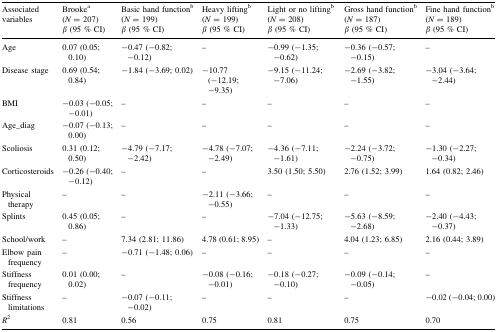
<table><thead><tr><td rowspan="2"><b>Associated variables</b></td><td><b>Brooke<sup>a</sup> (<i>N</i> = 207)</b></td><td><b>Basic hand function<sup>b</sup> (<i>N</i> = 199)</b></td><td><b>Heavy lifting<sup>b</sup> (<i>N</i> = 199)</b></td><td><b>Light or no lifting<sup>b</sup> (<i>N</i> = 208)</b></td><td><b>Gross hand function<sup>b</sup> (<i>N</i> = 187)</b></td><td><b>Fine hand function<sup>b</sup> (<i>N</i> = 189)</b></td></tr><tr><td><b><i>β</i> (95 % CI)</b></td><td><b><i>β</i> (95 % CI)</b></td><td><b><i>β</i> (95 % CI)</b></td><td><b><i>β</i> (95 % CI)</b></td><td><b><i>β</i> (95 % CI)</b></td><td><b><i>β</i> (95 % CI)</b></td></tr></thead><tbody><tr><td>Age</td><td>0.07 (0.05; 0.10)</td><td>−0.47 (−0.82; −0.12)</td><td>–</td><td>−0.99 (−1.35; −0.62)</td><td>−0.36 (−0.57; −0.15)</td><td>–</td></tr><tr><td>Disease stage</td><td>0.69 (0.54; 0.84)</td><td>−1.84 (−3.69; 0.02)</td><td>−10.77 (−12.19; −9.35)</td><td>−9.15 (−11.24; −7.06)</td><td>−2.69 (−3.82; −1.55)</td><td>−3.04 (−3.64; −2.44)</td></tr><tr><td>BMI</td><td>−0.03 (−0.05; −0.01)</td><td>–</td><td>–</td><td>–</td><td>–</td><td>–</td></tr><tr><td>Age_diag</td><td>−0.07 (−0.13; 0.00)</td><td>–</td><td>–</td><td>–</td><td>–</td><td>–</td></tr><tr><td>Scoliosis</td><td>0.31 (0.12; 0.50)</td><td>−4.79 (−7.17; −2.42)</td><td>−4.78 (−7.07; −2.49)</td><td>−4.36 (−7.11; −1.61)</td><td>−2.24 (−3.72; −0.75)</td><td>−1.30 (−2.27; −0.34)</td></tr><tr><td>Corticosteroids</td><td>−0.26 (−0.40; −0.12)</td><td>–</td><td>–</td><td>3.50 (1.50; 5.50)</td><td>2.76 (1.52; 3.99)</td><td>1.64 (0.82; 2.46)</td></tr><tr><td>Physical therapy</td><td>–</td><td>–</td><td>−2.11 (−3.66; −0.55)</td><td>–</td><td>–</td><td>–</td></tr><tr><td>Splints</td><td>0.45 (0.05; 0.86)</td><td>–</td><td>–</td><td>−7.04 (−12.75; −1.33)</td><td>−5.63 (−8.59; −2.68)</td><td>−2.40 (−4.43; −0.37)</td></tr><tr><td>School/work</td><td>–</td><td>7.34 (2.81; 11.86)</td><td>4.78 (0.61; 8.95)</td><td>–</td><td>4.04 (1.23; 6.85)</td><td>2.16 (0.44; 3.89)</td></tr><tr><td>Elbow pain frequency</td><td>–</td><td>−0.71 (−1.48; 0.06)</td><td>–</td><td>–</td><td>–</td><td>–</td></tr><tr><td>Stiffness frequency</td><td>0.01 (0.00; 0.02)</td><td>–</td><td>−0.08 (−0.16; −0.01)</td><td>−0.18 (−0.27; −0.10)</td><td>−0.09 (−0.14; −0.05)</td><td>–</td></tr><tr><td>Stiffness limitations</td><td>–</td><td>−0.07 (−0.11; −0.02)</td><td>–</td><td>–</td><td>–</td><td>−0.02 (−0.04; 0.00)</td></tr><tr><td><i>R</i><sup>2</sup></td><td>0.81</td><td>0.56</td><td>0.75</td><td>0.81</td><td>0.75</td><td>0.70</td></tr></tbody></table>